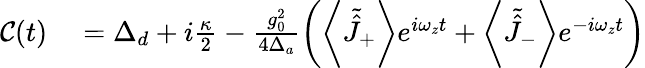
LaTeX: \begin{array}{rl}{\mathcal{C}(t)}&{{}=\Delta_{d}+i\frac{\kappa}{2}-\frac{g_{0}^{2}}{4\Delta_{a}}\left(\left\langle\tilde{\hat{J}}_{+}\right\rangle e^{i\omega_{z}t}+\left\langle\tilde{\hat{J}}_{-}\right\rangle e^{-i\omega_{z}t}\right)}\end{array}